Reports on dispensaries and lunatic asylums in the Province of Oudh - 1869-1876
Year: 1869
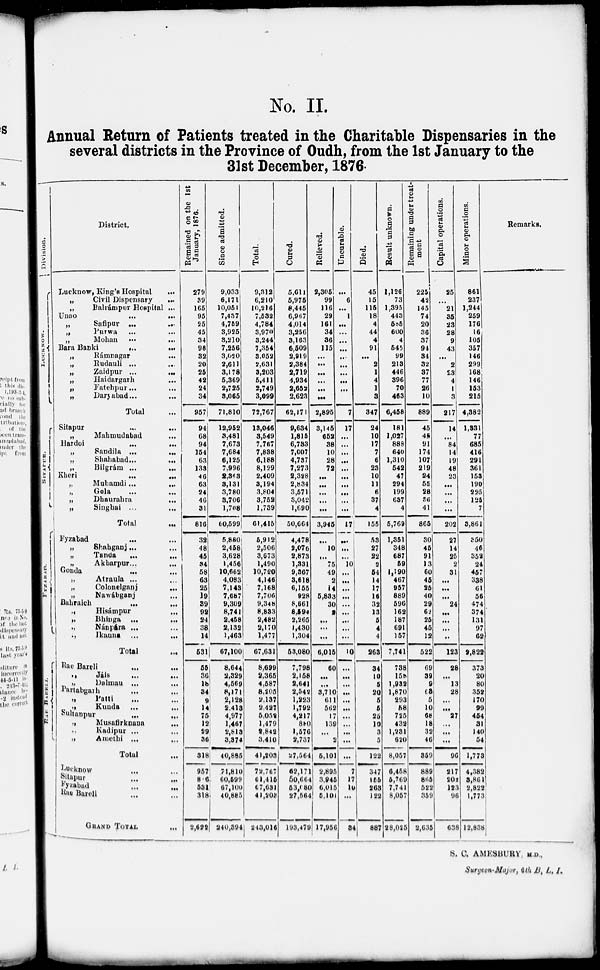
No. II.
Annual Return of Patients treated in the Charitable Dispensaries in the
several districts in the Province of Oudh, from the 1st January to the
31st December, 1876
Division.
LUCKNOW.
SITAPUR.
District,
Lucknow, King's Hospital
...
„
Civil Dispensary
....
„
Balrámpur Hospital ...
Unao ... ...
„
Safipur ... ...
„ Purwa ... ...
„
Mohan ... ...
Bara Banki ... ...
„
Rámnagar ...
„
Rudauli ... ...
„
Zaidpur ...
...
„
Haidargarh ...
„
Fatehpur ...
„
Daryabad ...
Total ...
Sitapur ...
„
Mahmudabad ...
Hardoi
...
...
„
Sandila
...
...
„
Shahabad
...
...
„
Bilgrám ... ...
Kheri ... ...
„
Muhamdi
...
...
„
Gola
...
...
„
Dhaurabra ... ...
„
Singhai ... ...
Total ... ...
FYZABAD.
Fyzabad ... ...
„
Shahganj... ...
„
Tanda ... ...
„
Akbarpur ...
...
Gonda ... ...
„
Atraula ...
„
Colonelganj
...
...
„
Nawábganj ...
Bahraich ... ...
.,
Hisámpur
...
„
Bhinga ... ...
„
Nánpára ... ...
„
Ikauna ... ...
Total ...
RAE
BARELI.
Rae Bareli ... ...
Jáls
... ...
„
Dalmau ... ...
Partabgarh ... ...
„ Patti ... ...
„
Kunda ... ...
Sultanpur ... ...
„ Musafirknann
...
Kadipur ... ...
„
Amethi ... ...
Total ...
Lucknow ... ...
Sitapur
...
...
Fyzabad ... ...
Rae Bareli ... ...
GRAND TOTAL ...
Remained on the 1st
January, 1876.
279
39
165
95
25
45
34
98
32
20
25
42
24
34
957
94
68
94
154
63
133
46
63
24
46
31
816
32
48
45
34
58
63
25
19
39
92
24
38
14
531
55
36
18
34
9
14
75
12
29
36
318
957
816
531
318
2,622
Since admitted.
9,033
6,171
10,051
7,437
4,759
3,925
3,210
7,256
3,020
2,611
3,178
5,369
2,725
3,065
71,810
12,952
8,481
7,673
7,684
6,125
7,996
2,363
8,131
3,780
8,706
1,708
60,599
5,880
2,458
3,628
1,456
10,662
4,083
7,148
7,687
9,309
8,741
2,458
2,132
1,463
67,100
8,644
2,329
4,569
8,171
2,128
2,413
4,977
1,467
2,813
8,374
40,885
71,810
60,599
67,100
40,885
240,394
Total.
9,312
6,210
10,216
7,532
4,784
3,970
3,244
7,354
3,052
2,631
3,203
5,411
2,749
3,099
72,767
13,046
8,549
7,767
7,838
6,188
8,129
2,409
3,194
3,804
3,752
1,739
61,415
5,912
2,506
3,673
1,490
10,720
4,146
7,168
7,706
9,348
8,883
2,482
2,170
1,477
67,631
8,699
2,365
4,587
8,205
2,187
2,427
5,058
1,479
2,842
3,410
41,203
72,767
61,415
67,631
41,208
243,016
Cured.
5,614
5,975
8,445
6,967
4,014
3,256
3,163
6,509
2,919
2,384
2,719
4,934
2,652
2,623
62,171
9,634
1,815
6,733
7,007
4,737
7,273
2,328
2,834
3,571
3,042
1,690
50,664
4,478
2,076
2,873
1,331
9,367
3,618
6,155
928
8,661
8,594
2,265
1,430
1,304
53,080
7,798
2,158
2,641
2,542
1,223
1,792
4,217
880
l,576
2,737
27,564
62,171
50,664
53,080
27,564
193,479
Relieved.
2,305
99
116
29
161
34
36
115
...
...
...
...
...
...
2,895
3,145
652
38
10
28
72
...
...
...
...
...
3,945
...
10
...
75
49
2
14
5,833
30
2
...
...
...
6,015
60
...
...
3,710
611
562
17
139
...
2
5,101
2,895
3,945
6,015
5,10
17,956
Uncurable.
...
6
...
1
...
...
...
...
...
...
...
...
...
7
17
...
...
...
...
...
...
...
...
...
...
17
...
...
...
10
...
...
...
...
...
...
...
...
...
10
...
...
...
...
...
...
...
...
...
...
...
7
17
10
...
34
Died.
45
15
115
18
4
44
4
91
...
2
1
4
1
3
347
24
10
17
7
6
23
10
11
6
37
4
155
53
27
22
2
54
14
17
16
32
13
5
4
4
263
34
10
5
20
5
5
25
10
3
5
122
347
155
263
122
887
Result unknown.
1,126
73
1,395
443
585
600
4
545
99
213
446
396
70
463
6,458
181
1,027
888
640
1,310
542
47
294
199
637
4
5,769
1,351
348
687
59
1,190
467
957
889
596
162
187
691
157
7,741
738
158
1,932
1,870
293
58
725
432
1,231
620
8,057
6,458
5,769
7,741
8,057
28,025
Remaimng
under treat-
ment
225
42
145
74
20
36
37
94
34
32
37
77
26
10
889
45
45
91
174
107
219
24
55
28
36
41
865
30
45
91
13
60
45
25
40
29
62
25
45
12
522
69
39
9
68
5
10
68
18
32
46
359
889
865
522
359
2,635
Capital operations.
25
...
21
35
23
28
9
43
...
2
23
4
1
3
217
14
...
84
14
19
48
23
...
...
...
...
202
27
14
25
2
31
...
...
...
24
...
...
...
..
123
28
...
12
28
...
...
27
...
...
...
96
217
20
123
96
638
Minor operations.
861
237
1,244
259
176
16
105
357
146
299
168
146
153
215
4,382
1,331
77
685
416
291
361
153
190
225
125
7
3,861
350
46
352
24
457
338
61
56
474
374
131
97
62
2,822
373
20
80
352
170
99
454
31
140
54
1,773
4,382
3,861
2,822
1,773
12,838
Remarks.
S. C. AMESBURY ; M. D.,
Surgeon-Major, 6th B. L. I.